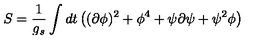
S = { \frac { 1 } { g _ { s } } } \int d t \left( ( \partial \phi ) ^ { 2 } + \phi ^ { 4 } + \psi \partial \psi + \psi ^ { 2 } \phi \right)